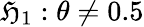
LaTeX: \textstyle\mathfrak{H}_{1}:\theta\neq0.5